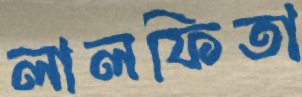
লালফিতা